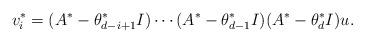
LaTeX: \begin{align*}v^*_i = (A^*-\theta^*_{d-i+1}I) \cdots (A^*-\theta^*_{d-1}I)(A^*-\theta^*_{d}I)u.\end{align*}